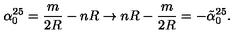
\alpha _ { 0 } ^ { 2 5 } = \frac { m } { 2 R } - n R \rightarrow n R - \frac { m } { 2 R } = - \tilde { \alpha } _ { 0 } ^ { 2 5 } .